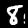
Label: 8